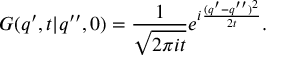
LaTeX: G ( q ^ { \prime } , t | q ^ { \prime \prime } , 0 ) = { \frac { 1 } { \sqrt { 2 \pi i t } } } e ^ { i { \frac { ( q ^ { \prime } - q ^ { \prime \prime } ) ^ { 2 } } { 2 t } } } .